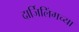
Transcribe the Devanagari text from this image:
दार्जिलिंगच्या